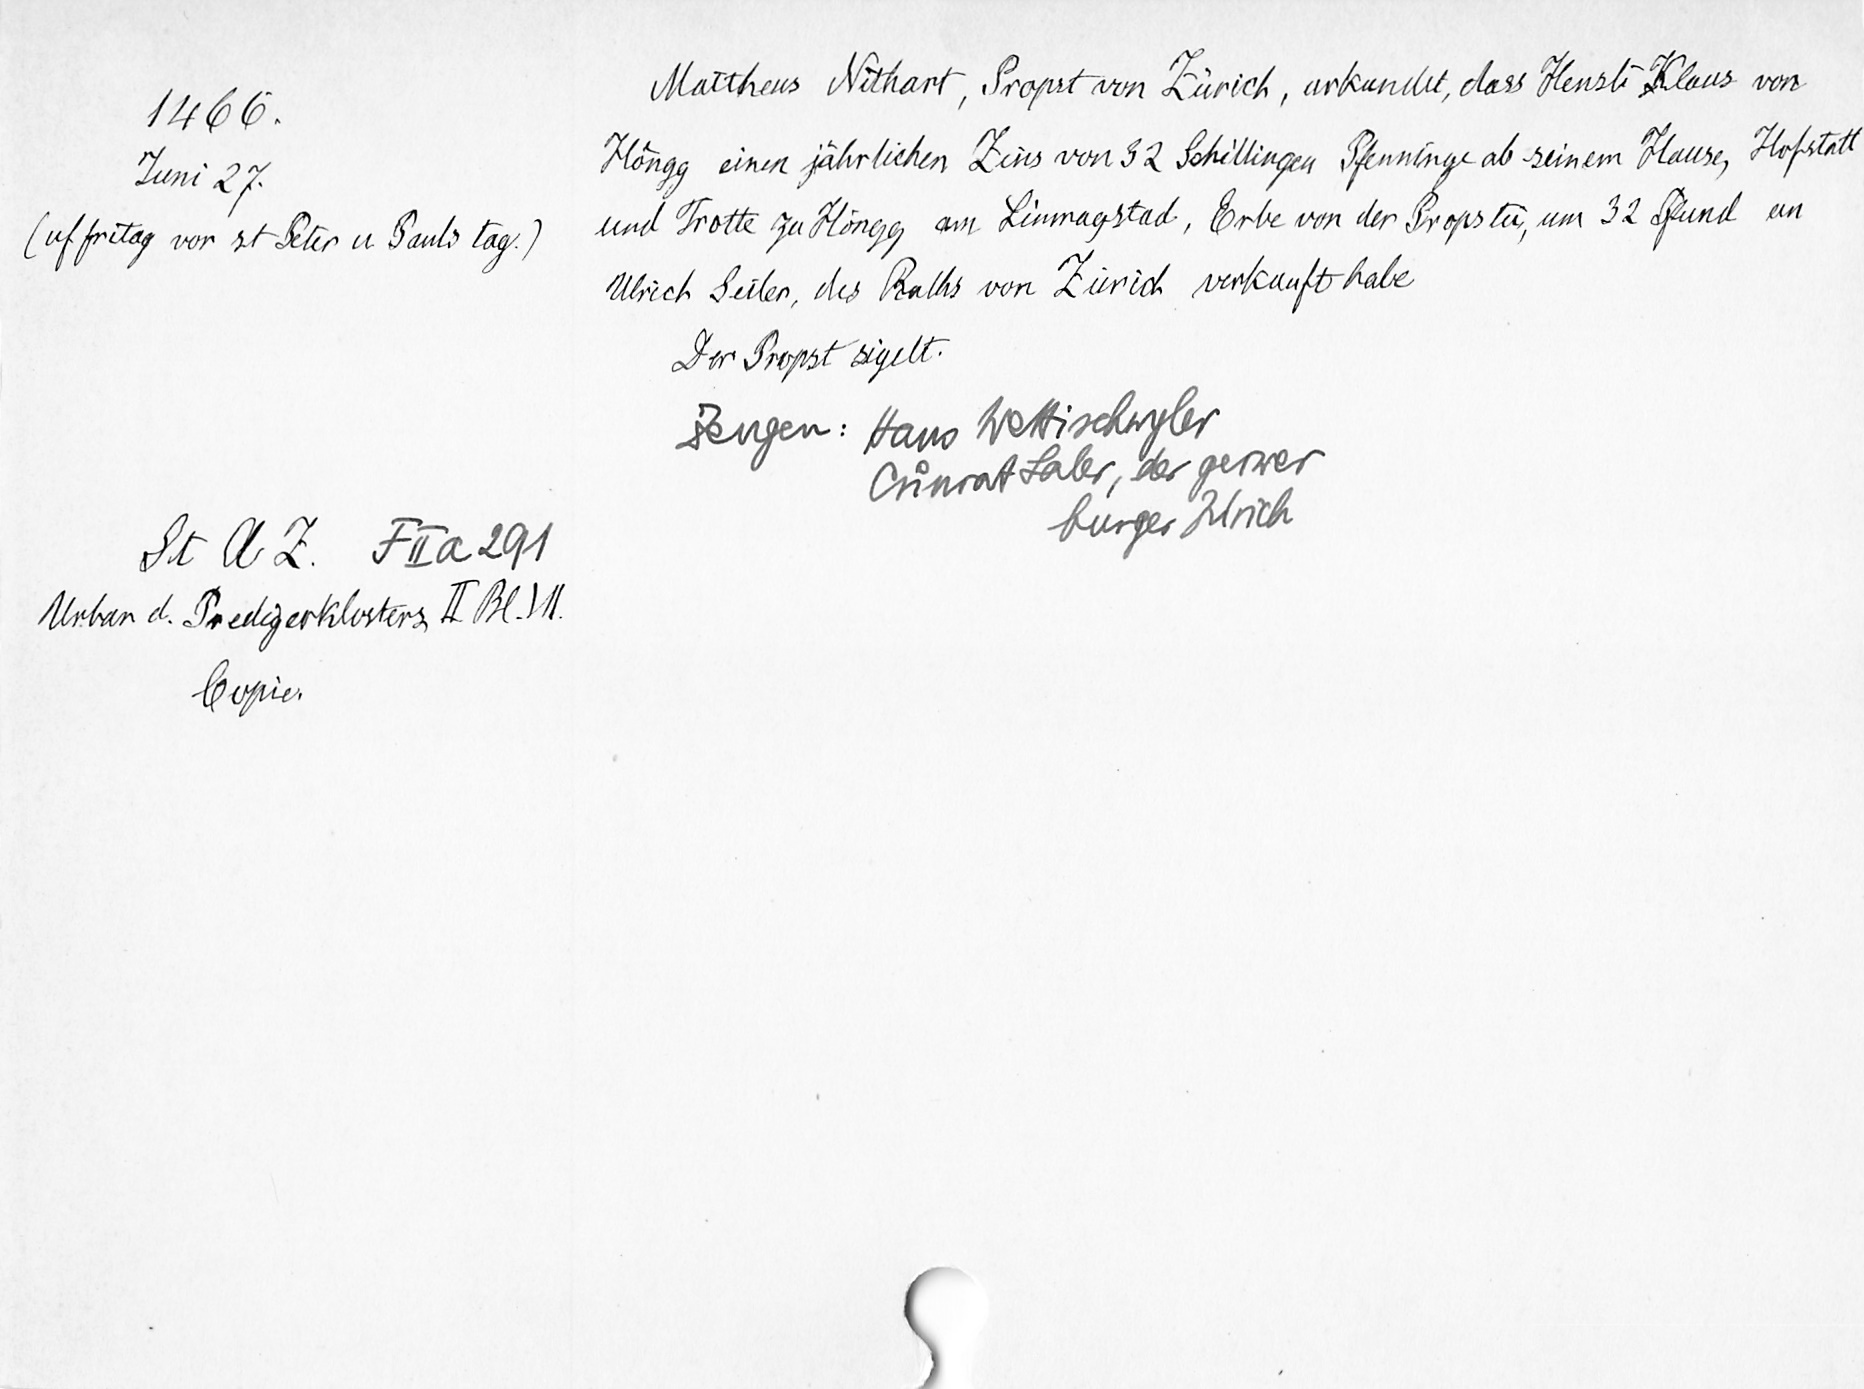
1466.
Juni 27.
(uf fritag vor St Peter u. Pauls tag)
StAZ FIIa 291
Urbar d. Predigerklosters II Bl. VII.
Copie

Mattheus Nithart, Propst von Zürich, urkundet, dass Hensli Klaus von
Höngg einen jährliche Zins von 32 Schillingen Pfenninge ab seinem Hause, Hofstatt
und Trotte zu Höngg am Linmagstad, Erbe von der Propstei, um 32 Pfund an
Ulrich Seiler, des Raths von Zürich verkauft habe.
Der Propst sigelt
Zeugen: Hans Wettischwyler
Cuͦnrat Laber, der gerwer
burger Zürich